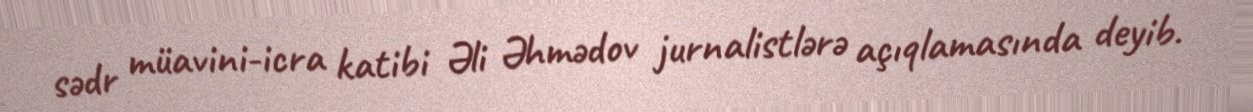
sədr müavini-icra katibi Əli Əhmədov jurnalistlərə açıqlamasında deyib.